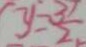
y = \frac { 3 } { 2 }